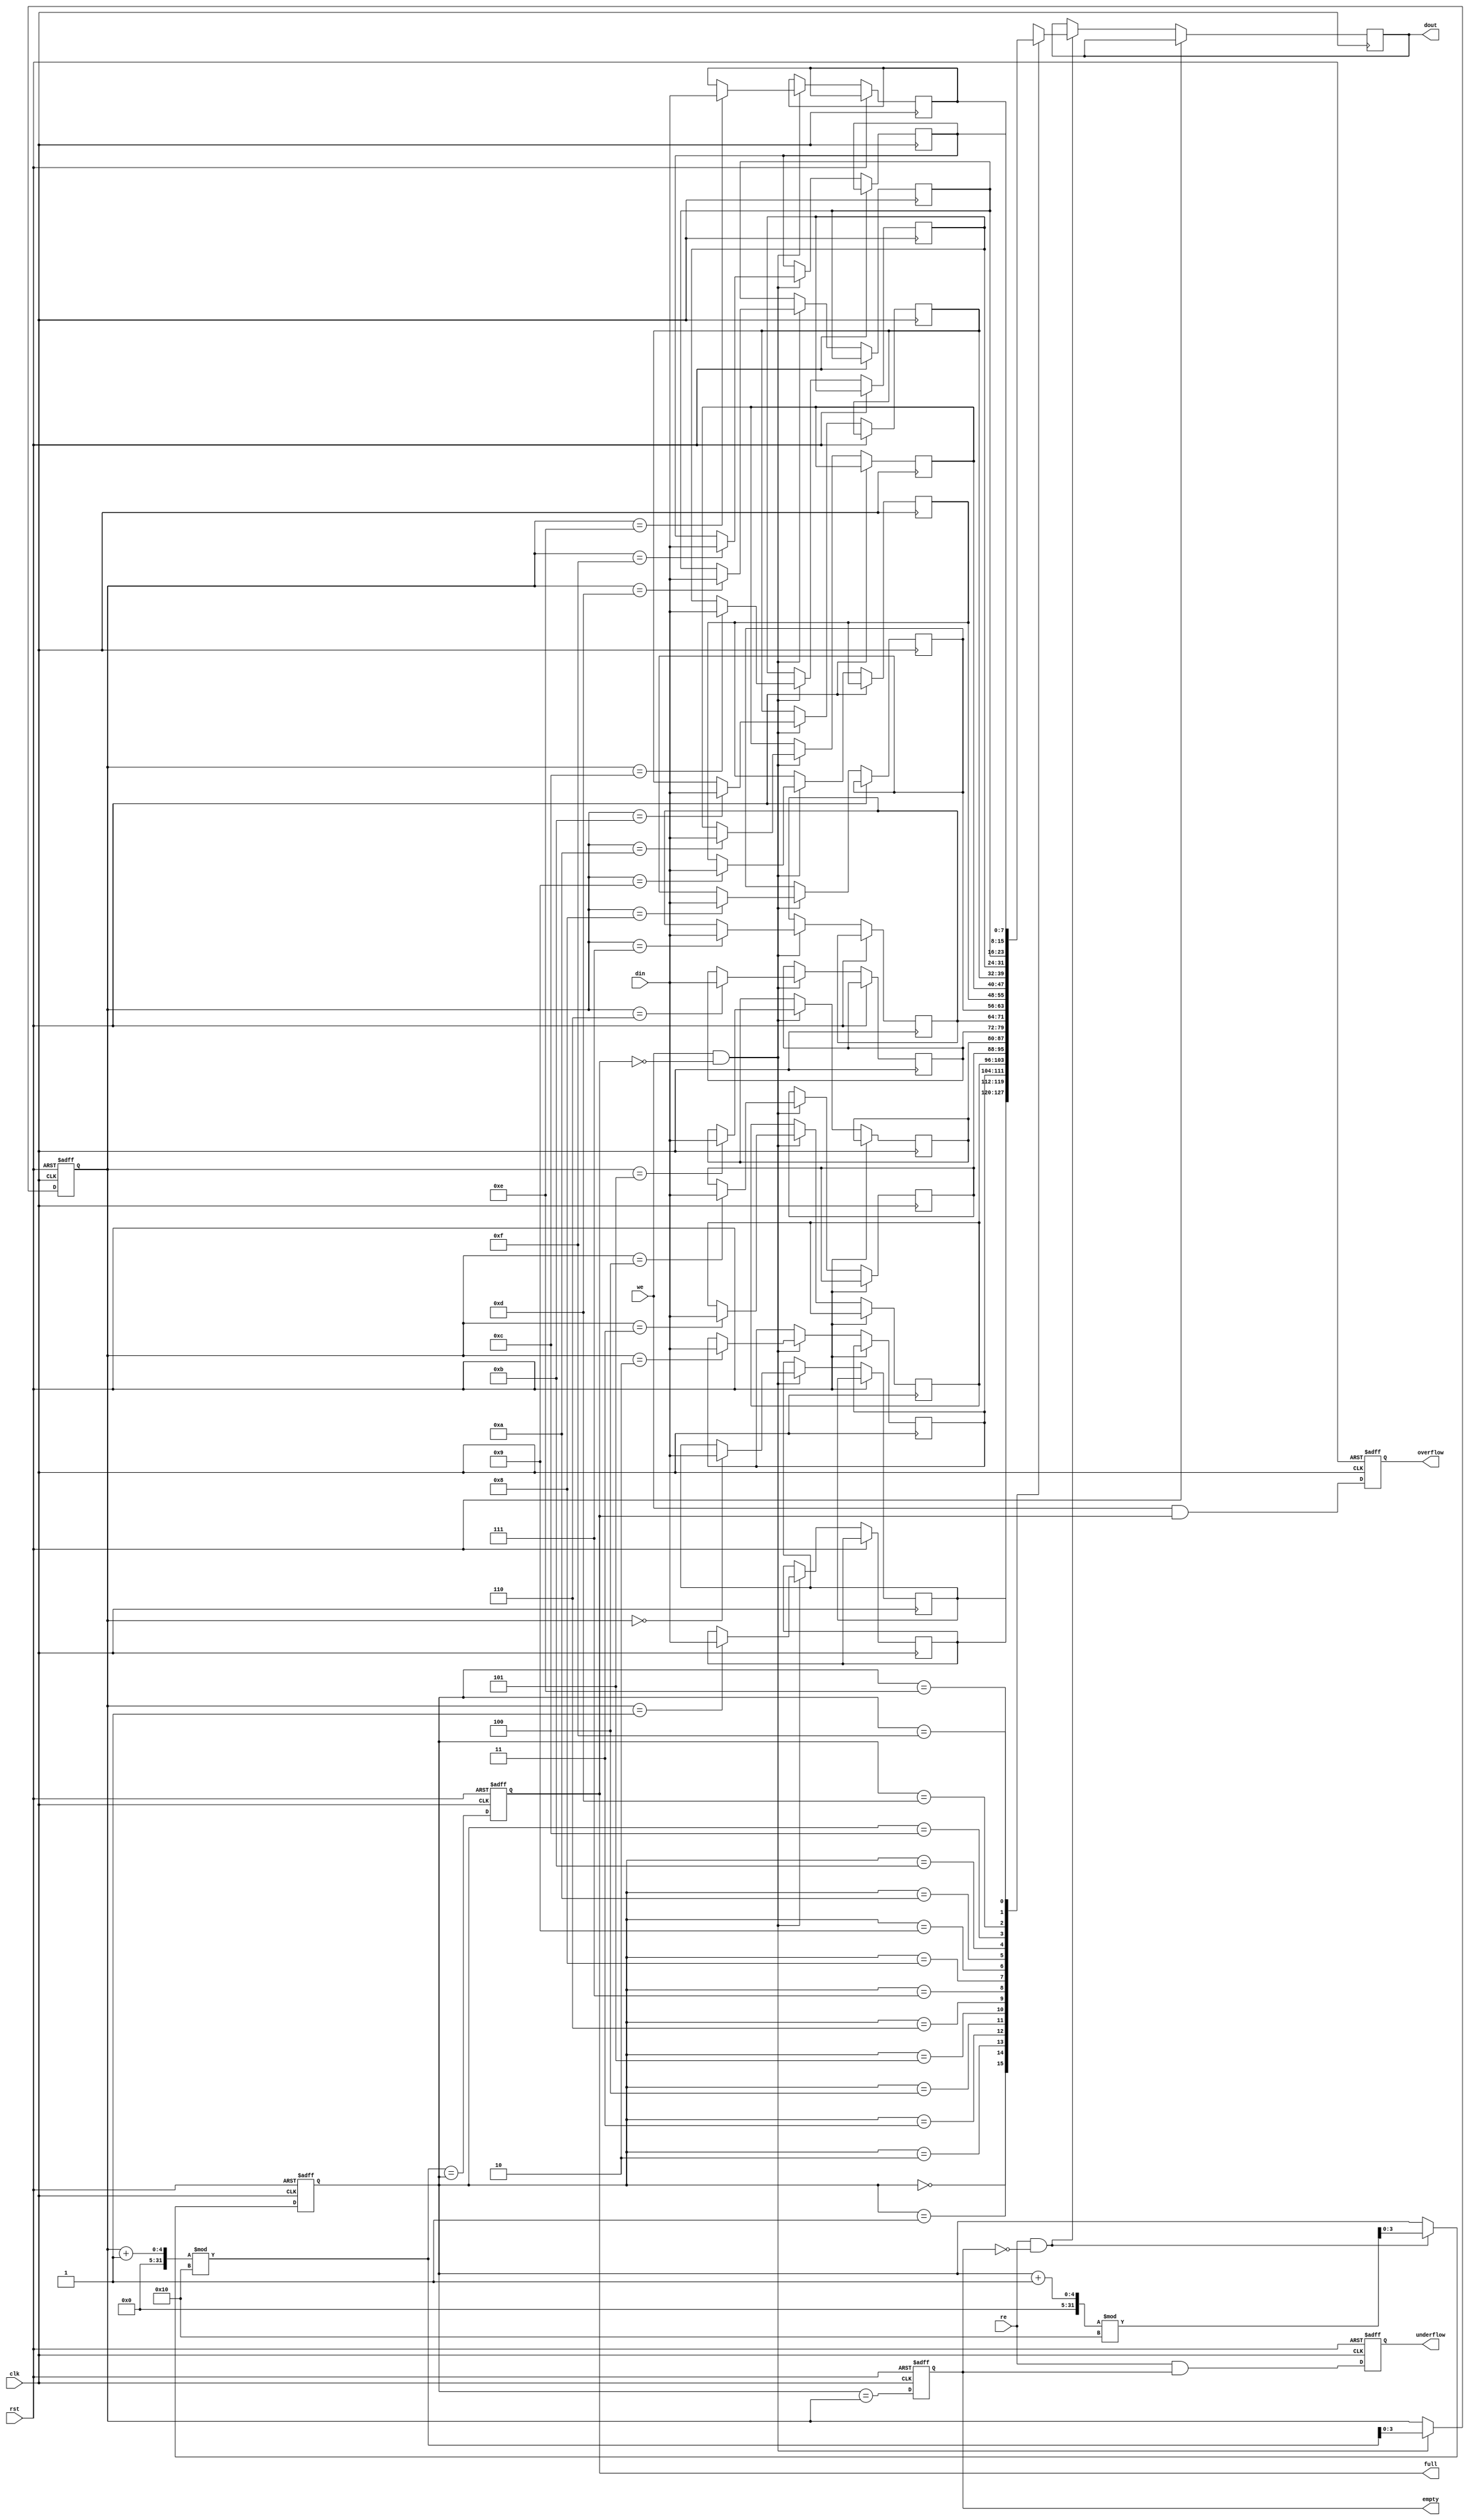
module fifo_sram #(
    parameter DATA_WIDTH = 8,  // Width of data in bits
    parameter DEPTH = 16        // Depth of FIFO
)(
    input wire clk,             // Clock signal
    input wire rst,             // Reset signal
    input wire we,              // Write enable
    input wire re,              // Read enable
    input wire [DATA_WIDTH-1:0] din, // Data input
    output reg [DATA_WIDTH-1:0] dout, // Data output
    output reg full,            // FIFO full flag
    output reg empty,           // FIFO empty flag
    output reg overflow,        // FIFO overflow flag
    output reg underflow        // FIFO underflow flag
);

    // Memory array to store data
    reg [DATA_WIDTH-1:0] mem [0:DEPTH-1];

    // Pointers
    reg [clog2(DEPTH)-1:0] head;  // Read pointer
    reg [clog2(DEPTH)-1:0] tail;  // Write pointer

    // Helper function to calculate log2
    function integer clog2;
        input integer value;
        begin
            value = value - 1;
            for (clog2 = 0; value > 0; clog2 = clog2 + 1)
                value = value >> 1;
        end
    endfunction

    // Initial conditions
    initial begin
        head = 0;
        tail = 0;
        full = 0;
        empty = 1;
        overflow = 0;
        underflow = 0;
    end

    // Synchronous process
    always @(posedge clk or posedge rst) begin
        if (rst) begin
            head <= 0;
            tail <= 0;
            full <= 0;
            empty <= 1;
            overflow <= 0;
            underflow <= 0;
        end else begin
            // Write operation
            if (we && !full) begin
                mem[tail] <= din;
                tail <= (tail + 1) % DEPTH;
            end

            // Read operation
            if (re && !empty) begin
                dout <= mem[head];
                head <= (head + 1) % DEPTH;
            end

            // Update flags
            full <= (tail + 1) % DEPTH == head;
            empty <= head == tail;

            // Overflow and underflow conditions
            overflow <= we && full;
            underflow <= re && empty;
        end
    end
endmodule